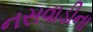
નસવાડીના